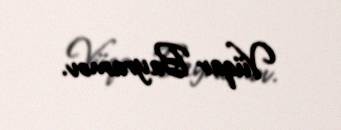
Vüqar Bayramov.